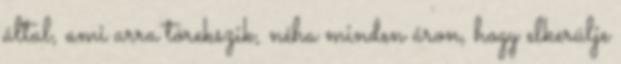
által, ami arra törekszik, néha minden áron, hogy elkerülje